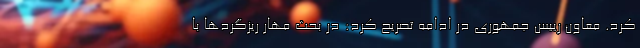
کرد. معاون رییس جمهوری در ادامه تصریح کرد: در بحث مهار ریزگردها با